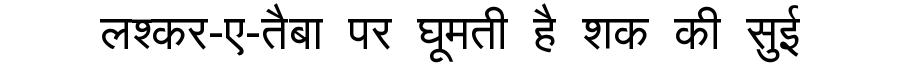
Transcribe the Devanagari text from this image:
लश्कर-ए-तैबा पर घूमती है शक की सुई